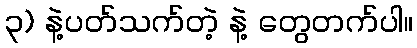
၃) နဲ့ပတ်သက်တဲ့ နဲ့ တွေတက်ပါ။